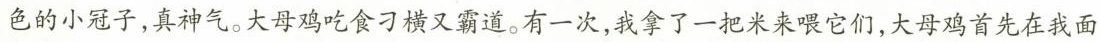
色的小冠子，真神气。大母鸡吃食刁横又霸道。有一次，我拿了一把米来喂它们，大母鸡首先在我面